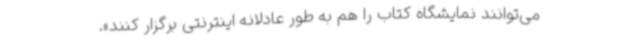
می‌توانند نمایشگاه کتاب را هم به طور عادلانه اینترنتی برگزار کنند».